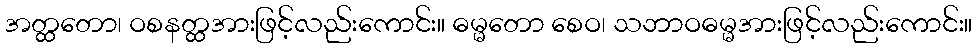
အတ္ထတော၊ ဝစနတ္ထအားဖြင့်လည်းကောင်း။ ဓမ္မတော စေဝ၊ သဘာဝဓမ္မအားဖြင့်လည်းကောင်း။